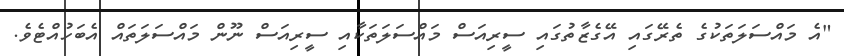
"އެ މައްސަލަތަކުގެ ތެރޭގައި އޭގެޒާތުގައި ސީރިއަސް މައްސަލަތަކާއި ސީރިއަސް ނޫން މައްސަލަތައް އެބަހުއްޓެވެ.